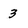
Character: 3